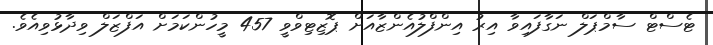
ޓެސްޓް ސާމްޕަލް ނަގާފައިވާ އިރު އިންފްލުއެންޒާއަށް ޕޮޒިޓިވްވީ 457 މީހުންކަމަށް އަފްޒަލް ވިދާޅުވިއެވެ.